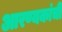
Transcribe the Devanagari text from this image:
आरण्यकांची